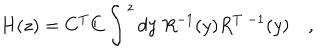
LaTeX: H ( z ) = C ^ { T } C \int ^ { z } d y \; R ^ { - 1 } ( y ) R ^ { T \; - 1 } ( y ) \quad ,